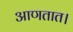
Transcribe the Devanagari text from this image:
आणतात।